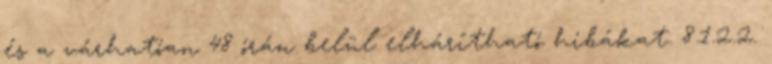
és a várhatóan 48 órán belül elhárítható hibákat. 8.1.2.2.